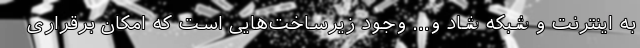
به اینترنت و شبکه شاد و... وجود زیرساخت‌هایی است که امکان برقراری